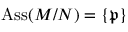
\operatorname { A s s } ( M / N ) = \{ { \mathfrak { p } } \}